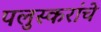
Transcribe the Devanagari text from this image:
पलुस्करांचे